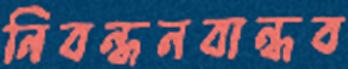
নিবন্ধনবান্ধব